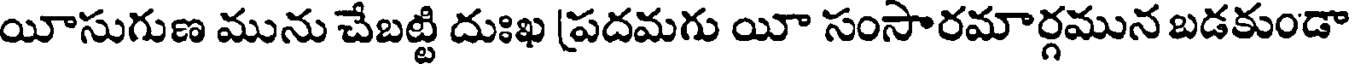
యీసుగుణ మును చేబట్టి దుఃఖ ప్రదమగు యీ సంసారమార్గమున బడకుండా